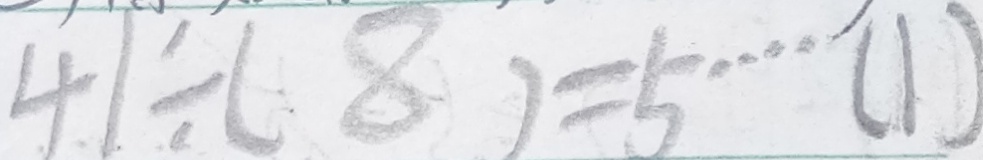
4 \div ( 8 ) = 5 \cdots ( 1 )